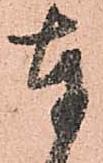
奉